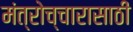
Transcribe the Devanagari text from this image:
मंत्रोच्चारासाठी